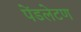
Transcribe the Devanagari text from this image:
पेंडलेटण